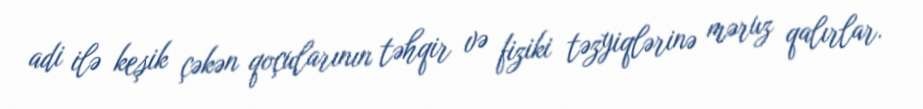
adi ilə keşik çəkən qoçularının təhqir və fiziki təzyiqlərinə məruz qalırlar.